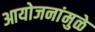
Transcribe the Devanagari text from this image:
आयोजनांमुळे